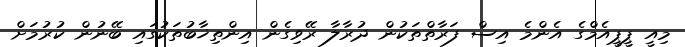
މިއީ ޕީޕީއެމްގެ އެންމެ އިސް ފަރާތްތަކުން ދުރާލާ ރޭވިގެން އިންތިޚާބުތަކުގައި ބޭނުން ކުރުމަށް